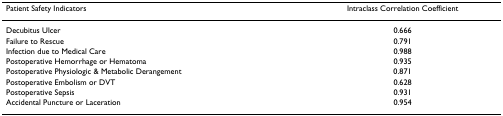
<table><thead><tr><td><b>Patient Safety Indicators</b></td><td><b>Intraclass Correlation Coefficient</b></td></tr></thead><tbody><tr><td>Decubitus Ulcer</td><td>0.666</td></tr><tr><td>Failure to Rescue</td><td>0.791</td></tr><tr><td>Infection due to Medical Care</td><td>0.988</td></tr><tr><td>Postoperative Hemorrhage or Hematoma</td><td>0.935</td></tr><tr><td>Postoperative Physiologic &amp; Metabolic Derangement</td><td>0.871</td></tr><tr><td>Postoperative Embolism or DVT</td><td>0.628</td></tr><tr><td>Postoperative Sepsis</td><td>0.931</td></tr><tr><td>Accidental Puncture or Laceration</td><td>0.954</td></tr></tbody></table>